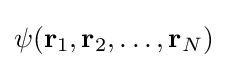
\psi (\mathbf {r} _{1},\mathbf {r} _{2},\dots ,\mathbf {r} _{N})